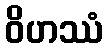
ဝိဟဿံ